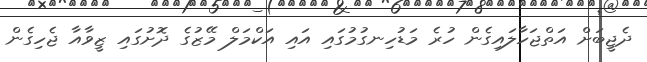
ދެޖީބަށް އަތްޖަހާލައިގެން ހުރެ މަޑުހިނގުމުގައި އައި އަކްމަލް މޭޒުގެ ދޮށުގައި ޒީވާއާ ޖެހިގެން